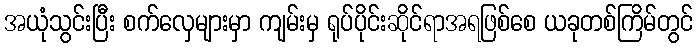
အယုံသွင်းပြီး စက်လှေများမှာ ကျမ်းမှ ရုပ်ပိုင်းဆိုင်ရာအရဖြစ်စေ ယခုတစ်ကြိမ်တွင်